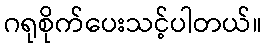
ဂရုစိုက်ပေးသင့်ပါတယ်။